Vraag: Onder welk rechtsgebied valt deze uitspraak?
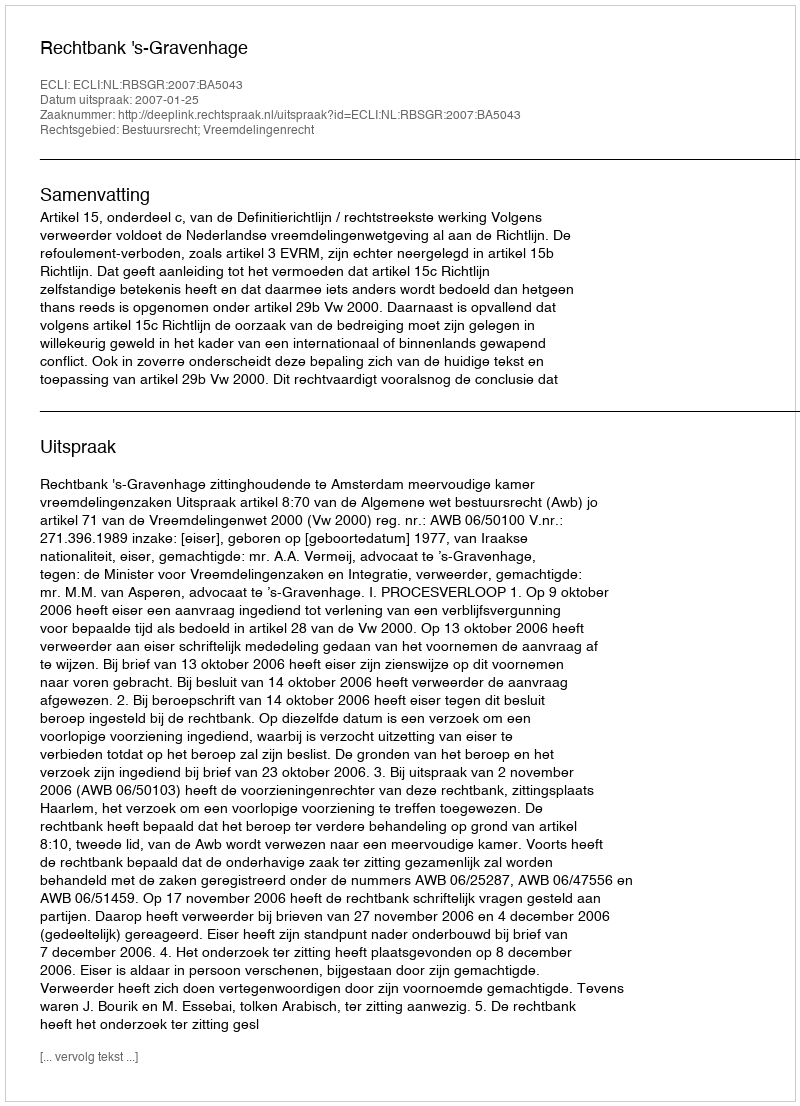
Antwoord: Bestuursrecht; Vreemdelingenrecht